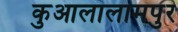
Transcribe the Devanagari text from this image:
कुआलालामपुर